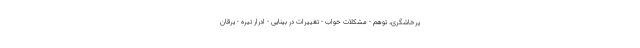
پرخاشگری، توهم - مشکلات خواب - تغییرات در بینایی - ادرار تیره - یرقان